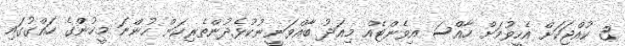
3 ކުއްޖަކަށް އެހީވުމަށް ހާއްސަ އިވެންޓެއް މިއަދު ބާއްވަނީނުކުޅެދުންތެރިކަން ހުންނަ މީހުންގެ ހައްގުގައި